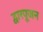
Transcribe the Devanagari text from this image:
द्वारपूजन